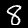
Digit: 8